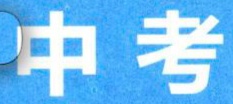
中考